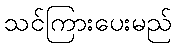
သင်ကြားပေးမည်